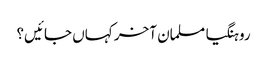
روہنگیا مسلمان آخر کہاں جائیں؟